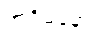
အဝိမနော